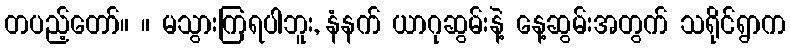
တပည့်တော်။ ။ မသွားကြရပါဘူး, နံနက် ယာဂုဆွမ်းနဲ့ နေ့ဆွမ်းအတွက် သရိုင်ရွာက